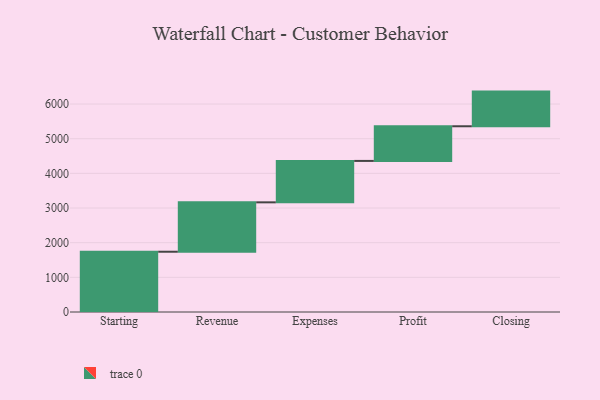
{"axis": {"x": "Step", "y": "Value"}, "legend": [""], "data": [{"x": "Starting", "y": 1739.0, "type": ""}, {"x": "Revenue", "y": 1425.0, "type": ""}, {"x": "Expenses", "y": 1195.0, "type": ""}, {"x": "Profit", "y": 1000, "type": ""}, {"x": "Closing", "y": 1000, "type": ""}]}